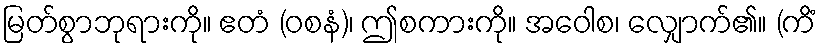
မြတ်စွာဘုရားကို။ ဧတံ (ဝစနံ)၊ ဤစကားကို။ အဝေါစ၊ လျှောက်၏။ (ကိံ